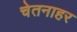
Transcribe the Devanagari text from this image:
चेतनाहर